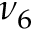
\nu _ { 6 }